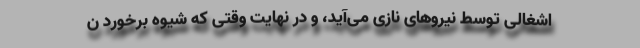
اشغالی توسط نیروهای نازی می‌آید، و در نهایت وقتی که شیوه برخورد ن